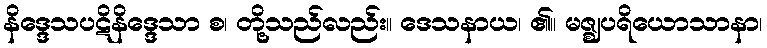
နိဒ္ဒေသပဋိနိဒ္ဒေသာ စ၊ တို့သည်လည်း။ ဒေသနာယ၊ ၏။ မဇ္ဈပရိယောသာနာ၊